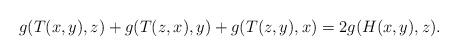
LaTeX: \begin{align*}g(T(x,y),z)+g(T(z,x),y)+g(T(z,y),x)=2g(H(x,y),z).\end{align*}